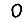
Digit: 0